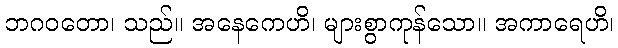
ဘဂဝတော၊ သည်။ အနေကေဟိ၊ များစွာကုန်သော။ အကာရေဟိ၊